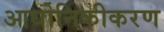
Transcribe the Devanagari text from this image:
आधोनिकीकरण